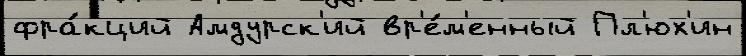
фра́кций Амдурск'ий вр'е́м'енный Пл'юх'ин